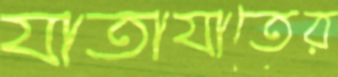
যাতাযাতের